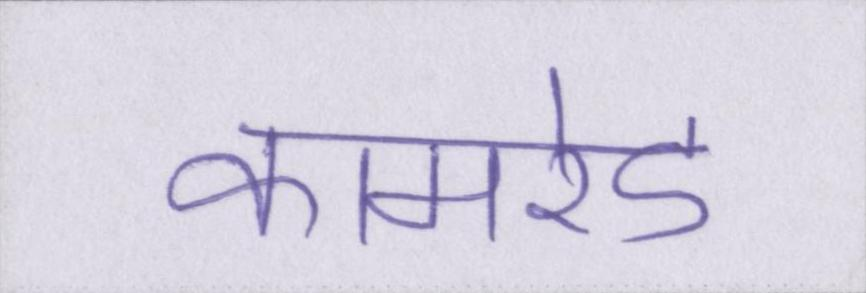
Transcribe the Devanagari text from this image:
कामरेड